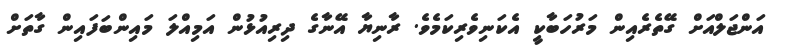
އަންޖަލްއަށް ގޭތެރެއިން މަރުހަބާކީ އެކަނިވެރިކަމެވެ. ރާނިޔާ އޭނާގެ ދިރިއުޅުން އަމިއްލަ މައިންބަފައިން ގާތަށް